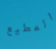
المطيع